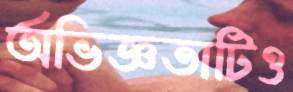
অভিজ্ঞতাটিও